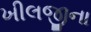
ખીલજીના